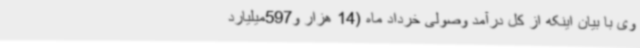
وی با بیان اینکه از کل درآمد وصولی خرداد ماه (14 هزار و597میلیارد